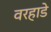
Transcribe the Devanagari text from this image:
वरहाडे